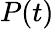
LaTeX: P(t)